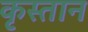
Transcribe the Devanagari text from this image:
कृस्तान